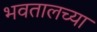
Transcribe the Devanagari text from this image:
भवतालच्या